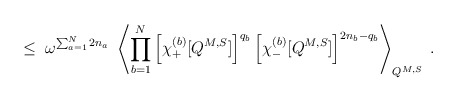
\begin{align*}\leq \;\omega^{\sum_{a=1}^N 2 n_a} \; \left\langle \prod_{b=1}^N\left[\chi^{(b)}_+ [ Q^{M,S} ] \right]^{q_b}\left[\chi^{(b)}_- [ Q^{M,S} ] \right]^{2n_b-q_b}\right\rangle_{Q^{M,S}} \; .\end{align*}